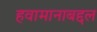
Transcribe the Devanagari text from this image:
हवामानाबद्दल